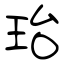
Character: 珆